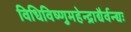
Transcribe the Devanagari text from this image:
विधिविष्णुमहेन्द्राद्यैर्वन्द्यः